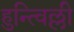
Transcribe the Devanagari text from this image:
हुन्त्विल्ली